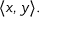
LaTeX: \langle x , y \rangle .